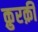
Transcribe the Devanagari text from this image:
क़ुरक़ी